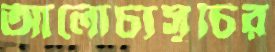
আলোচ্যসূচির